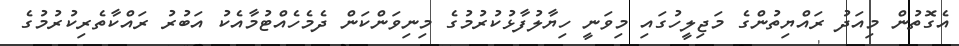
އެގޮތުން މިއަދު ރައްޔިތުންގެ މަޖިލީހުގައި މިވަނީ ހިޔާލުފާޅުކުރުމުގެ މިނިވަންކަން ދެމެހެއްޓުމާއެކު އަބުރު ރައްކާތެރިކުރުމުގެ